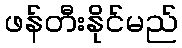
ဖန်တီးနိုင်မည်